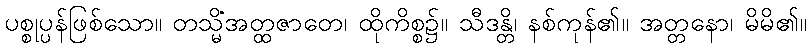
ပစ္စုပ္ပန်ဖြစ်သော။ တသ္မိံအတ္ထဇာတေ၊ ထိုကိစ္စ၌။ သီဒန္တိ၊ နစ်ကုန်၏။ အတ္တနော၊ မိမိ၏။